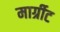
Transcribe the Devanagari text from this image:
मार्ग्रीट